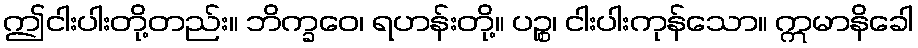
ဤငါးပါးတို့တည်း။ ဘိက္ခဝေ၊ ရဟန်းတို့။ ပဉ္စ၊ ငါးပါးကုန်သော။ ဣမာနိခေါ